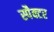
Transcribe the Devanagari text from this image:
स्पैक्टर